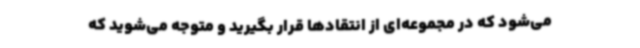
می‌شود که در مجموعه‌ای از انتقادها قرار بگیرید و متوجه می‌شوید که